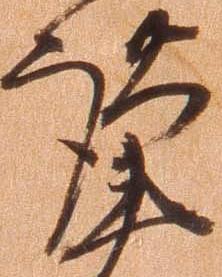
謹